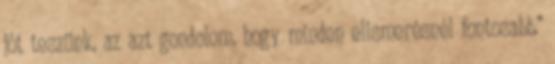
jót teszünk, az azt gondolom, hogy minden elismerésnél fontosabb.”